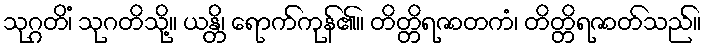
သုဂ္ဂတိံ၊ သုဂတိသို့။ ယန္တိ၊ ရောက်ကုန်၏။ တိတ္တိရဇာတကံ၊ တိတ္တိရဇာတ်သည်။